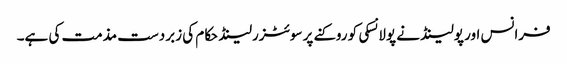
فرانس اور پولینڈ نے پولانسکی کو روکنے پر سوئٹزرلینڈ حکام کی زبردست مذمت کی ہے۔